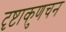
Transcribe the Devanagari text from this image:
दृष्टाकुणचन